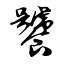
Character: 饕